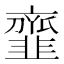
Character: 韲